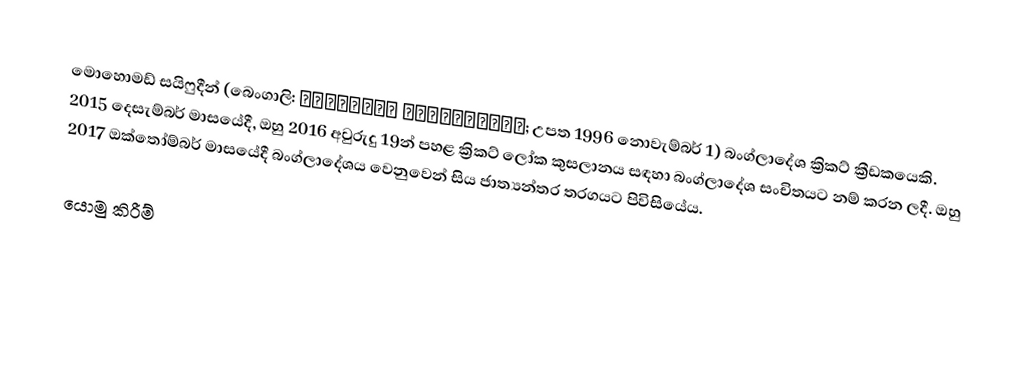
මොහොමඩ් සයිෆුදීන් (බෙංගාලි: মোহাম্মদ সাইফুদ্দিন; උපත 1996 නොවැම්බර් 1) බංග්ලාදේශ ක්‍රිකට් ක්‍රීඩකයෙකි. 2015 දෙසැම්බර් මාසයේදී, ඔහු 2016 අවුරුදු 19න් පහළ ක්‍රිකට් ලෝක කුසලානය සඳහා බංග්ලාදේශ සංචිතයට නම් කරන ලදී. ඔහු 2017 ඔක්තෝම්බර් මාසයේදී බංග්ලාදේශය වෙනුවෙන් සිය ජාත්‍යන්තර තරගයට පිවිසියේය.

යොමු කිරීම්